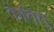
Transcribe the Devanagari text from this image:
केचित्तु